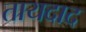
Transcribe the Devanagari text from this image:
तायदाद